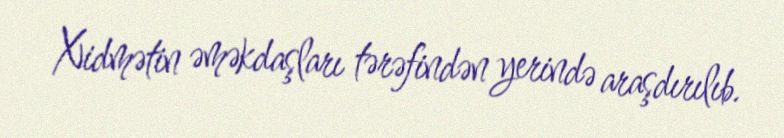
Xidmətin əməkdaşları tərəfindən yerində araşdırılıb.